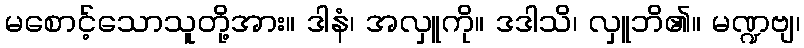
မစောင့်သောသူတို့အား။ ဒါနံ၊ အလှူကို။ ဒဒါသိ၊ လှူဘိ၏။ မဏ္ဍဗျ၊